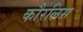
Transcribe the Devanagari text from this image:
कौरलिस